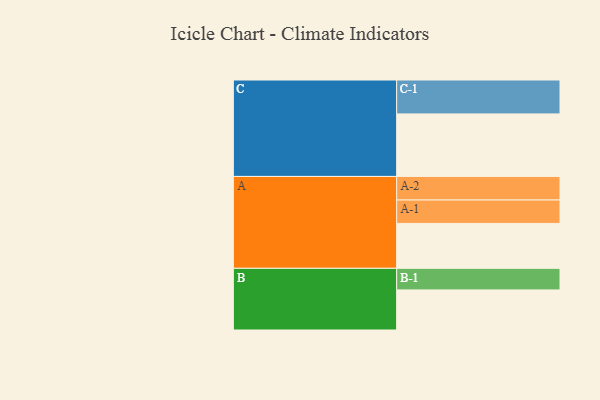
{"axis": {"x": "Segment", "y": "Value"}, "legend": ["", "A", "B", "C"], "data": [{"x": "A", "y": 372, "type": ""}, {"x": "B", "y": 332, "type": ""}, {"x": "C", "y": 518, "type": ""}, {"x": "A-1", "y": 194, "type": "A"}, {"x": "A-2", "y": 195, "type": "A"}, {"x": "B-1", "y": 179, "type": "B"}, {"x": "C-1", "y": 281, "type": "C"}]}